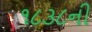
૧૮૩૮ની